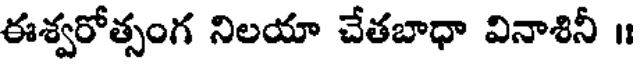
ఈశ్వరోత్సంగ నిలయా చేతబాధా వినాశినీ ॥